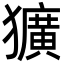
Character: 獷